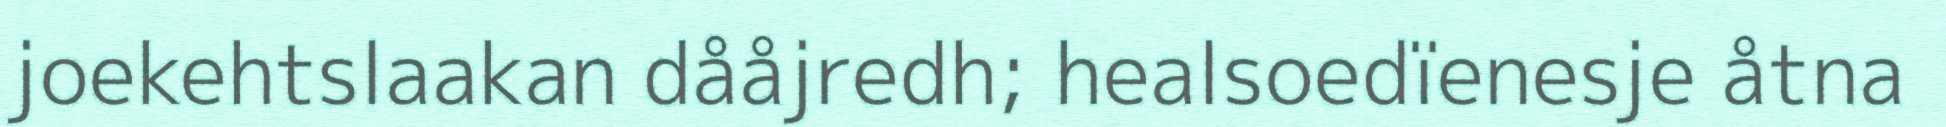
joekehtslaakan dååjredh; healsoedïenesje åtna